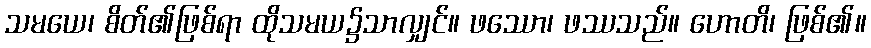
သမယေ၊ စိတ်၏ဖြစ်ရာ ထိုသမယ၌သာလျှင်။ ဖဿော၊ ဖဿသည်။ ဟောတိ၊ ဖြစ်၏။